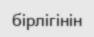
бірлігінін